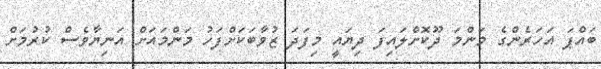
ބައްޕަ އަހަރެންގެ މަންމަ ދޫކޮށްލައިފަ ދިޔައީ މިފަދަ ޒުވާބަކަށްފަހު މަންމައަށް އަނިޔާވެސް ކުރުމަށް